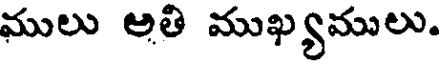
ములు అతి ముఖ్యములు.